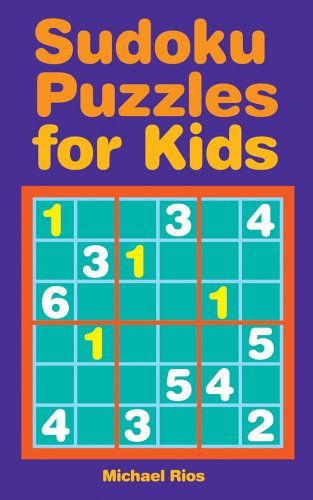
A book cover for Sudoku Puzzles for Kids; Michael Rios; Humor & Entertainment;